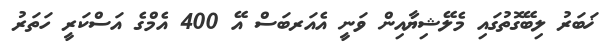
ޚަބަރު ލިބޭގޮތުގައި މެލޭޝިޔާއިން ވަނީ އެއަރބަސް އޭ 400 އެމްގެ އަސްކަރީ ހަތަރު